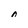
Character: n